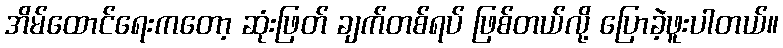
အိမ်ထောင်ရေးကတော့ ဆုံးဖြတ် ချက်တစ်ရပ် ဖြစ်တယ်လို့ ပြောခဲ့ဖူးပါတယ်။